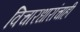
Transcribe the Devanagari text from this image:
विचारधारांचाही